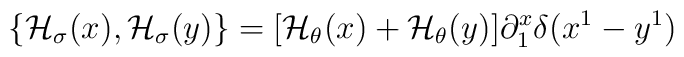
\{{\cal H}_{\sigma}(x),{\cal H}_{\sigma}(y)\} = [{\cal H}_{\theta}(x) +{\cal H}_{\theta}(y)] \partial^x_1\delta (x^1 - y^1)